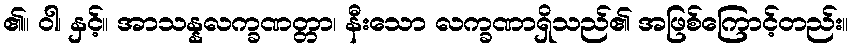
၏။ ဝါ၊ နှင့်။ အာသန္နလက္ခဏတ္တာ၊ နီးသော လက္ခဏာရှိသည်၏ အဖြစ်ကြောင့်တည်း။